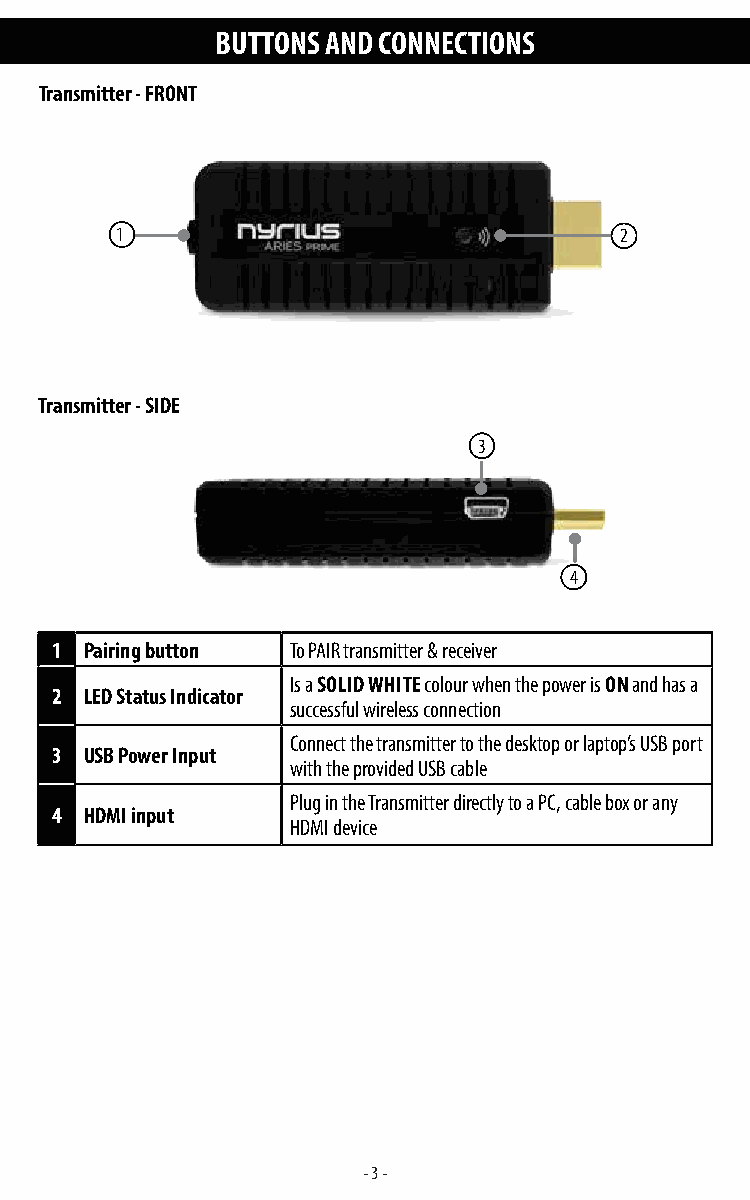
BUTTONS AND CONNECTIONS
 Transmitter - FRONT
 1                                2
 Transmitter - SIDE
 3
 4
 1  Pairing button To PAIR transmitter & receiver
 Is a SOLID WHITE colour when the power is ON and has a
 2  LED Status Indicator
 successful wireless connection
 Connect the transmitter to the desktop or laptop’s USB port
 3  USB Power Input
 with the provided USB cable
 Plug in the Transmitter directly to a PC, cable box or any
 4  HDMI input
 HDMI device
 - 3 -